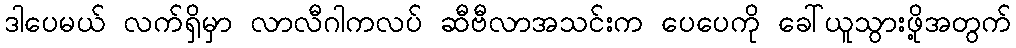
ဒါပေမယ် လက်ရှိမှာ လာလီဂါကလပ် ဆီဗီလာအသင်းက ပေပေကို ခေါ်ယူသွားဖို့အတွက်